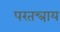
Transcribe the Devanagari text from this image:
परतन्त्राय